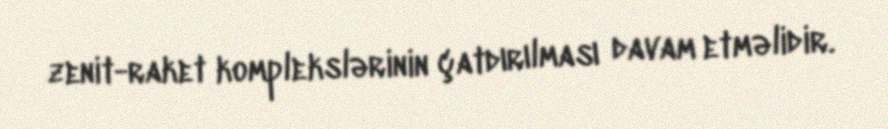
zenit-raket komplekslərinin çatdırılması davam etməlidir.